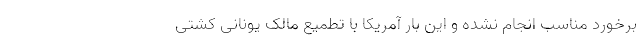
برخورد مناسب انجام نشده و این بار آمریکا با تطمیع مالک یونانی کشتی